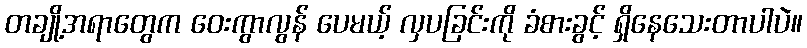
တချို့အရာတွေက ဝေးကွာလွန် ပေမယ့် လှပခြင်းကို ခံစားခွင့် ရှိနေသေးတာပါပဲ။